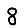
Digit: 8